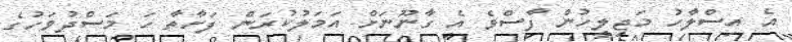
އެ އިސްލާހު މަޖިލީހުން ފާސްވެ އެ ގާނޫނަށް އަމަލުކުރަން ފަށާތާ ހަ މަސްދުވަހުގެ